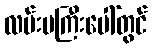
လမ်းမကြီးပေါ်တွင်